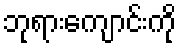
ဘုရားကျောင်းကို